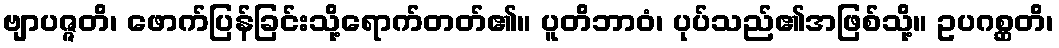
ဗျာပဇ္ဇတိ၊ ဖောက်ပြန်ခြင်းသို့ရောက်တတ်၏။ ပူတိဘာဝံ၊ ပုပ်သည်၏အဖြစ်သို့။ ဥပဂစ္ဆတိ၊